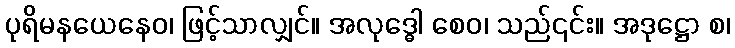
ပုရိမနယေနေဝ၊ ဖြင့်သာလျှင်။ အလုဒ္ဓေါ စေဝ၊ သည်၎င်း။ အဒုဋ္ဌော စ၊